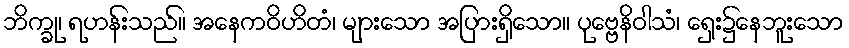
ဘိက္ခု၊ ရဟန်းသည်။ အနေကဝိဟိတံ၊ များသော အပြားရှိသော။ ပုဗ္ဗေနိဝါသံ၊ ရှေး၌နေဘူးသော